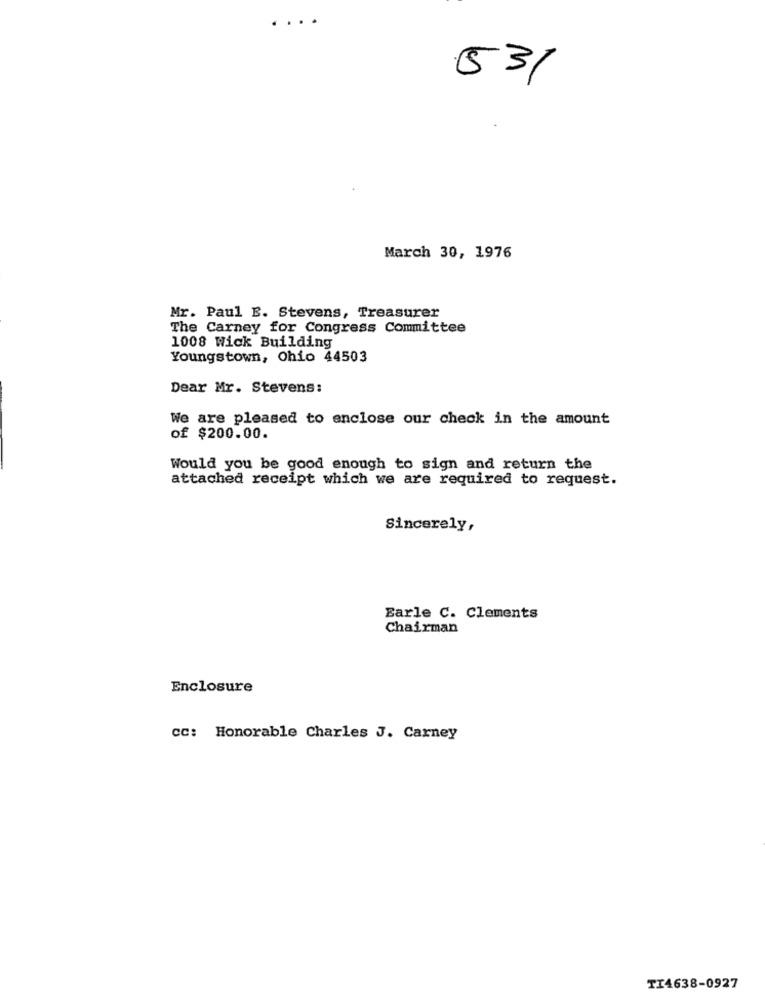
....
531
March 30, 1976
Mr. Paul E. Stevens, Treasurer
The Carney for Congress Committee
1008 Wick Building
Youngstown, Ohio 44503
Dear Mr. Stevens:
We are pleased to enclose our check in the amount
of $200.00.
Would you be good enough to sign and return the
attached receipt which we are required to request.
Sincerely,
Earle C. Clements
Chairman
Enclosure
cc: Honorable Charles J. Carney
TI4638-0927